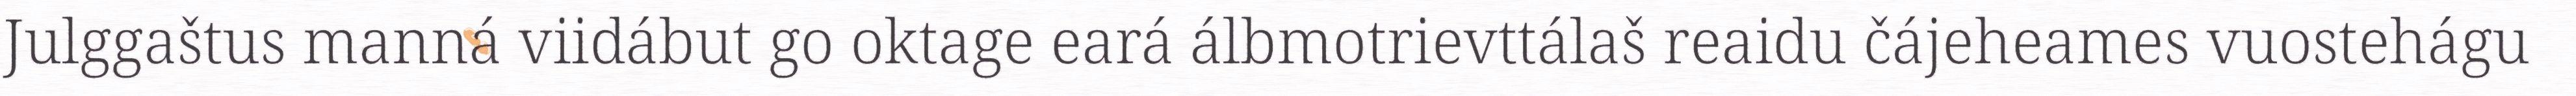
Julggaštus manná viidábut go oktage eará álbmotrievttálaš reaidu čájeheames vuostehágu